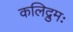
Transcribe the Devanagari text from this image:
कलिद्रुमः